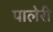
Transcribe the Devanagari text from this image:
पालेरी